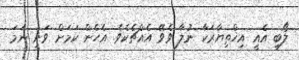
ލޯބި އެއީ އިޚްތިޔާރަކާ ނުލާ ވެވޭ އެއްޗެކެވެ. އެހެން ކަމަށް ވަނީ ނަމަ